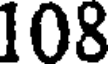
108